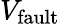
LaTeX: V_{\textrm{fault}}